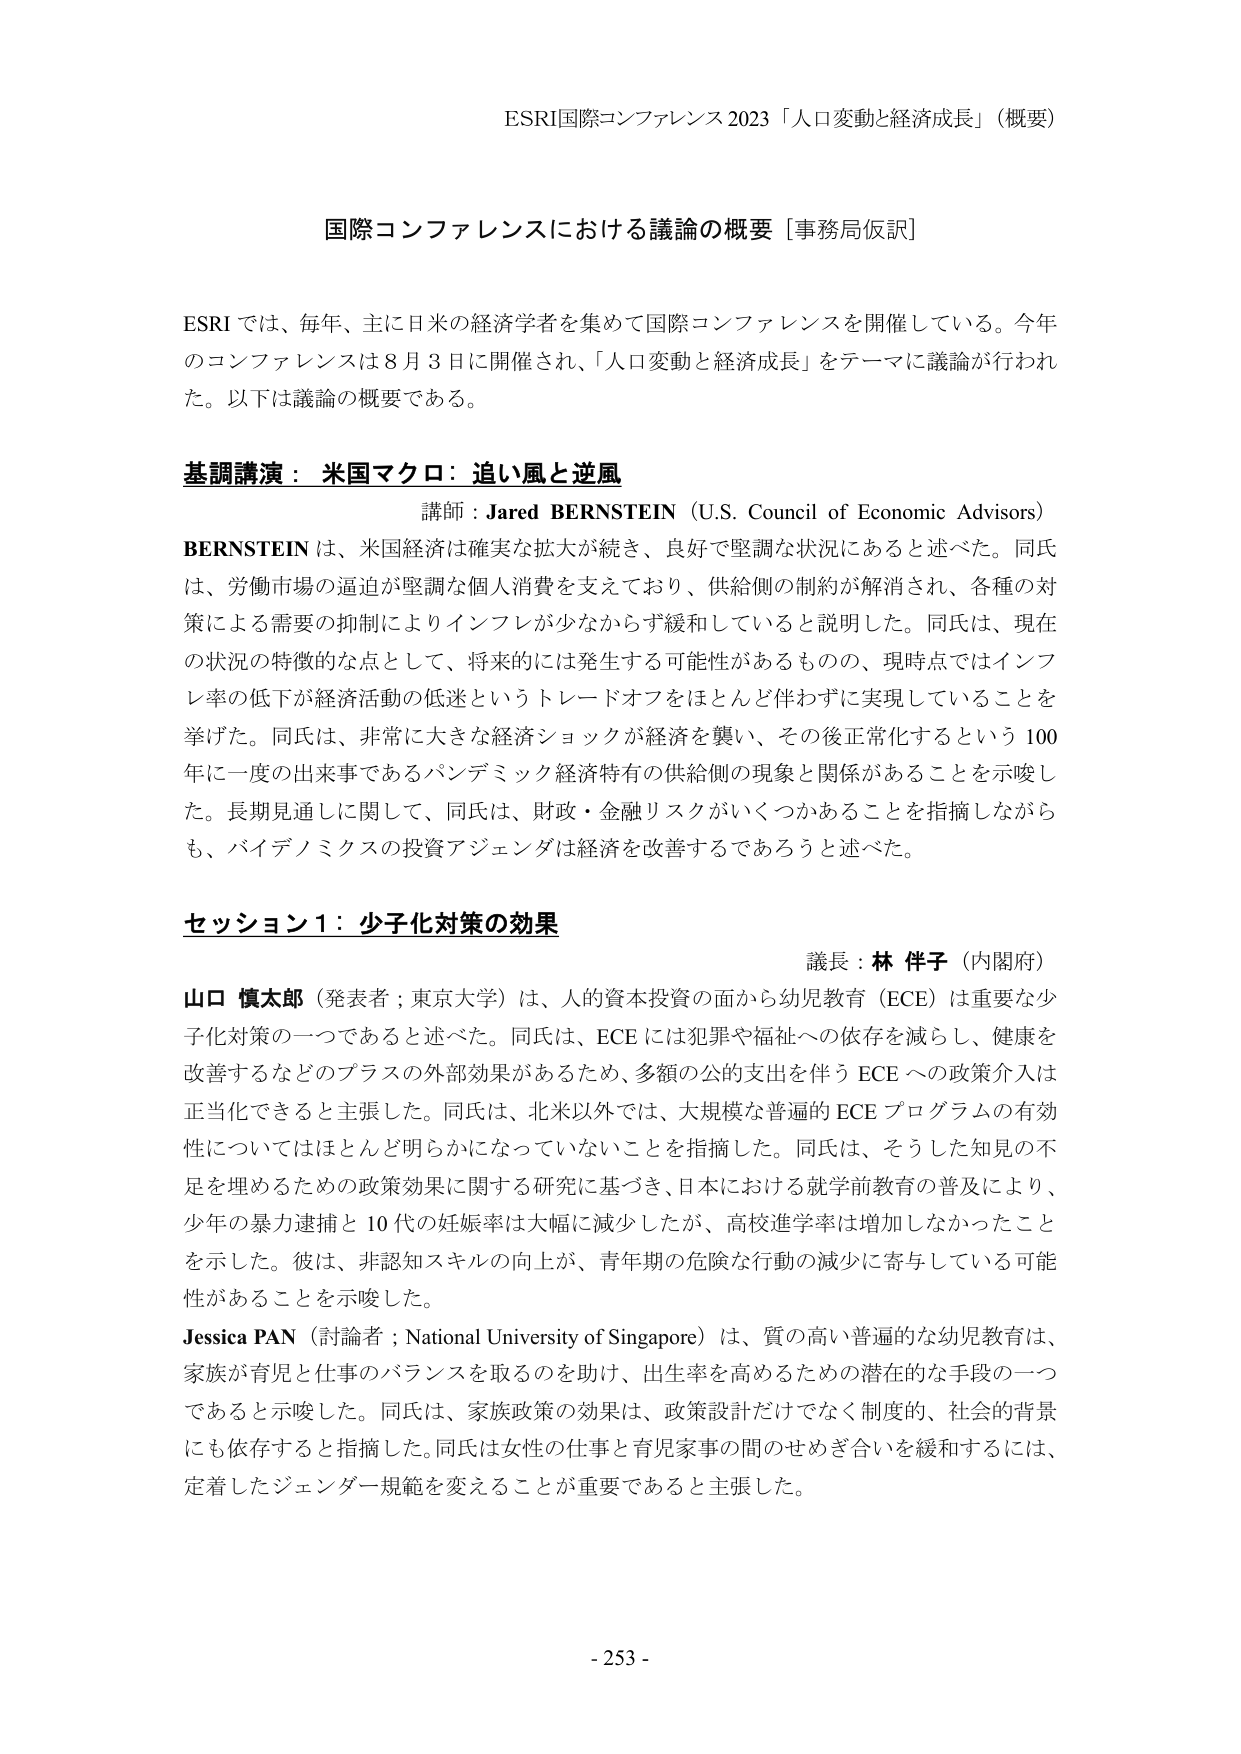
ESRI国際コンファレンス 2023「人口変動と経済成長」（概要）

国際コンファレンスにおける議論の概要［事務局仮訳］

ESRI では、毎年、主に日米の経済学者を集めて国際コンファレンスを開催している。今年のコンファレンスは 8 月 3 日に開催され、「人口変動と経済成長」をテーマに議論が行われた。以下は議論の概要である。

基調講演：米国マクロ：追い風と逆風
講師：Jared BERNSTEIN（U.S. Council of Economic Advisors）
BERNSTEIN は、米国経済は確実な拡大が続き、良好で堅調な状況にあると述べた。同氏は、労働市場の逼迫が堅調な個人消費を支えており、供給側の制約が解消され、各種の対策による需要の抑制によりインフレが少なからず緩和していると説明した。同氏は、現在の状況の特徴的な点として、将来的には発生する可能性があるものの、現時点ではインフレ率の低下が経済活動の低迷というトレードオフをほとんど伴わずに実現していることを挙げた。同氏は、非常に大きな経済ショックが経済を襲い、その後正常化するという 100 年に一度の出来事であるパンデミック経済特有の供給側の現象と関係があることを示唆した。長期見通しに関して、同氏は、財政・金融リスクがいくつかあることを指摘しながらも、バイデノミクスの投資アジェンダは経済を改善するであろうと述べた。

セッション1：少子化対策の効果
議長：林 伴子（内閣府）
山口 慎太郎（発表者；東京大学）は、人的資本投資の面から幼児教育（ECE）は重要な少子化対策の一つであると述べた。同氏は、ECE には犯罪や福祉への依存を減らし、健康を改善するなどのプラスの外部効果があるため、多額の公的支出を伴う ECE への政策介入は正当化できると主張した。同氏は、北米以外では、大規模な普遍的 ECE プログラムの有効性についてはほとんど明らかになっていないことを指摘した。同氏は、そうした知見の不足を埋めるための政策効果に関する研究に基づき、日本における就学前教育の普及により、少年の暴力逮捕と 10 代の妊娠率は大幅に減少したが、高校進学率は増加しなかったことを示した。彼は、非認知スキルの向上が、青年期の危険な行動の減少に寄与している可能性があることを示唆した。
Jessica PAN（討論者；National University of Singapore）は、質の高い普遍的な幼児教育は、家族が育児と仕事のバランスを取るのを助け、出生率を高めるための潜在的な手段の一つであると示唆した。同氏は、家族政策の効果は、政策設計だけでなく制度的、社会的背景にも依存すると指摘した。同氏は女性の仕事と育児家事の間のせめぎ合いを緩和するには、定着したジェンダー規範を変えることが重要であると主張した。

- 253 -